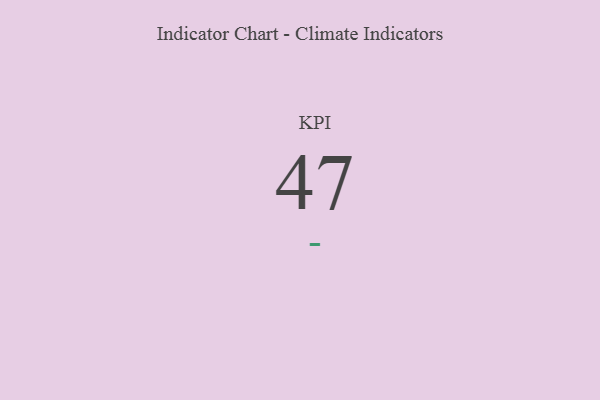
{"axis": {"x": "KPI", "y": "Value"}, "legend": [""], "data": [{"x": "KPI", "y": 47, "type": ""}]}